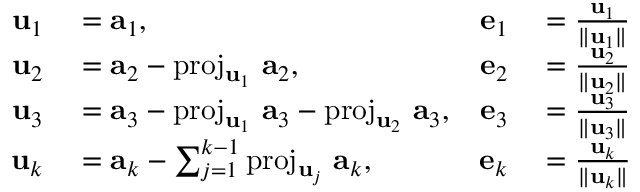
\begin{array} { r l r l } { \mathbf { u } _ { 1 } } & { { } = \mathbf { a } _ { 1 } , } & { \mathbf { e } _ { 1 } } & { { } = { \frac { \mathbf { u } _ { 1 } } { \| \mathbf { u } _ { 1 } \| } } } \\ { \mathbf { u } _ { 2 } } & { { } = \mathbf { a } _ { 2 } - \operatorname { p r o j } _ { \mathbf { u } _ { 1 } } \, \mathbf { a } _ { 2 } , } & { \mathbf { e } _ { 2 } } & { { } = { \frac { \mathbf { u } _ { 2 } } { \| \mathbf { u } _ { 2 } \| } } } \\ { \mathbf { u } _ { 3 } } & { { } = \mathbf { a } _ { 3 } - \operatorname { p r o j } _ { \mathbf { u } _ { 1 } } \, \mathbf { a } _ { 3 } - \operatorname { p r o j } _ { \mathbf { u } _ { 2 } } \, \mathbf { a } _ { 3 } , } & { \mathbf { e } _ { 3 } } & { { } = { \frac { \mathbf { u } _ { 3 } } { \| \mathbf { u } _ { 3 } \| } } } \\ { \mathbf { u } _ { k } } & { { } = \mathbf { a } _ { k } - \sum _ { j = 1 } ^ { k - 1 } \operatorname { p r o j } _ { \mathbf { u } _ { j } } \, \mathbf { a } _ { k } , } & { \mathbf { e } _ { k } } & { { } = { \frac { \mathbf { u } _ { k } } { \| \mathbf { u } _ { k } \| } } } \end{array}